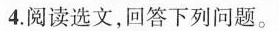
4.阅读选文，回答下列问题。